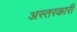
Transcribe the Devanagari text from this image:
अस्तरकारी